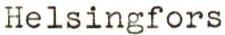
Helsingfors